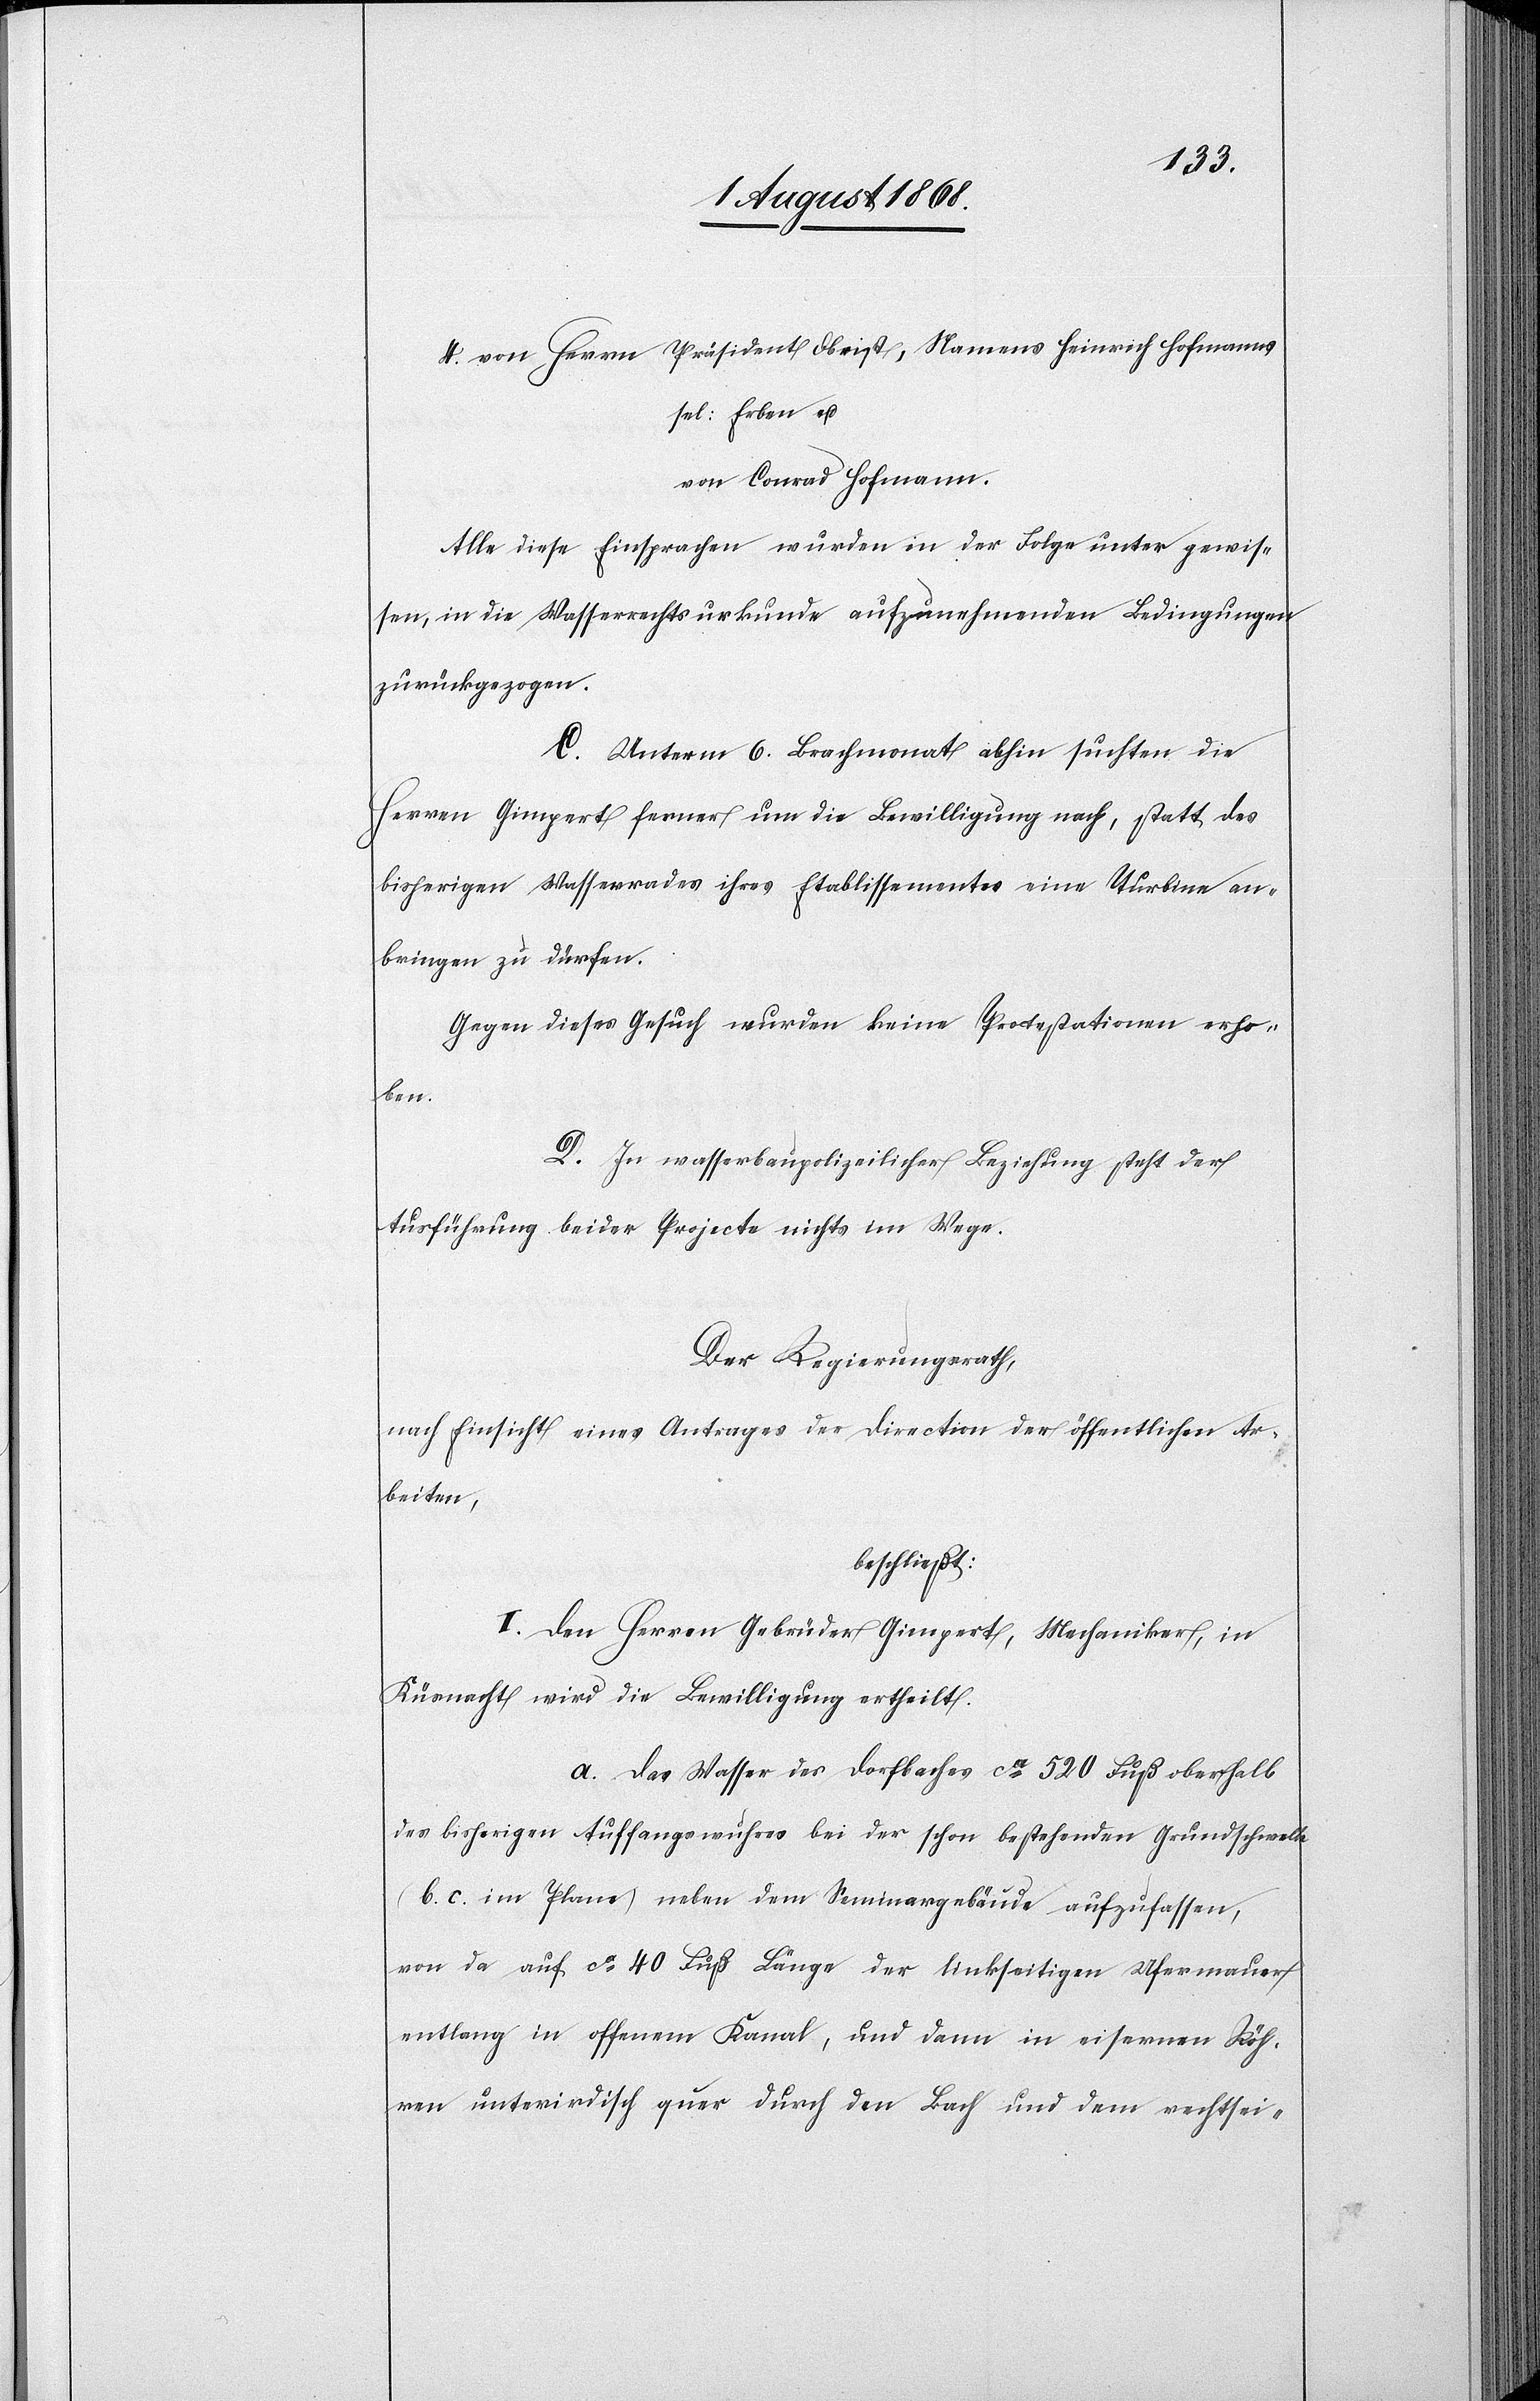
von Herrn Präsident Obrist, Namens Heinrich Hofmanns
sel: Erben u.
von Conrad Hofmann.
Alle diese Einsprachen wurden in der Folge unter gewis¬
sen, in die Wasserrechtsurkunde aufzunehmenden Bedingungen
zurückgezogen.
C. Unterm 6. Brachmonat abhin suchten die
Herren Gimpert ferner um die Bewilligung nach, statt des
bisherigen Wasserrades ihres Etablissementes eine Turbine an¬
bringen zu dürfen.
Gegen dieses Gesuch wurden keine Protestationen erho¬
ben.
D. In wasserbaupolizeilicher Beziehung steht der
Ausführung beider Projecte nichts im Wege.
Der Regierungsrath,
nach Einsicht eines Antrages der Direction der öffentlichen Ar¬
beiten,
beschließt:
I. Den Herren Gebrüder Gimpert, Mechaniker, in
Küsnacht wird die Bewilligung ertheilt.
a. das Wasser des Dorfbaches ca 520 Fuß oberhalb
des bisherigen Auffangswuhres bei der schon bestehenden Grundschwelle
(b. c. im Plane) neben dem Seminargebäude aufzufassen,
von da auf ca 40 Fuß Länge der linkseitigen Ufermauer
entlang in offenem Kanal, und dann in eisernen Röh¬
ren unterirdisch quer durch den Bach und dem rechtsei-